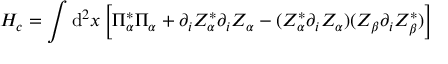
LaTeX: H _ { c } = \int \mathrm { d } ^ { 2 } x \left[ \Pi _ { \alpha } ^ { * } \Pi _ { \alpha } + \partial _ { i } Z _ { \alpha } ^ { * } \partial _ { i } Z _ { \alpha } - ( Z _ { \alpha } ^ { * } \partial _ { i } Z _ { \alpha } ) ( Z _ { \beta } \partial _ { i } Z _ { \beta } ^ { * } ) \right]